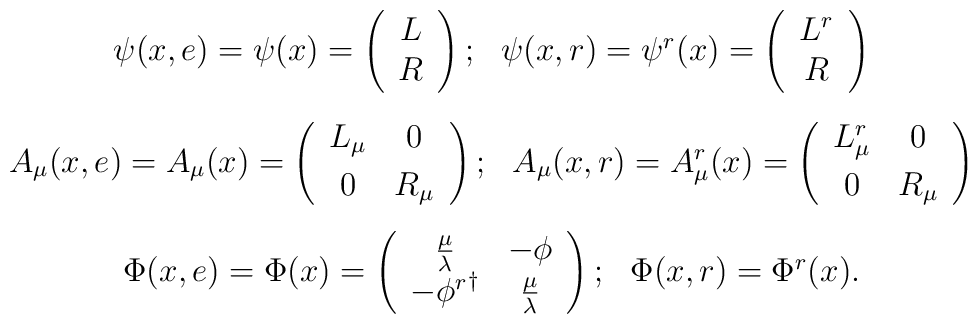
\begin{array}{cl}\psi(x,e)=\psi(x)=\left(\begin{array}{cl}L\\R\end{array}\right); ~~\psi(x,r)=\psi^r(x)=\left(\begin{array}{cl}L^r\\R\end{array}\right)\\[6mm]A_{\mu}(x,e)=A_{\mu}(x)=\left(\begin{array}{ccc}L_{\mu}&0\\[1mm]0&R_{\mu}\end{array}\right); ~~A_{\mu}(x,r)=A^r_{\mu}(x)=\left(\begin{array}{ccc}L^r_{\mu}&0\\[1mm]0&R_{\mu}\end{array}\right)\\[6mm]\Phi(x,e)=\Phi(x)=\left(\begin{array}{ccc}{\frac{\mu}{\lambda}}&{-\phi}\\{-\phi^r}^{\dag}&{\frac{\mu}{\lambda}}\end{array}\right);~~\Phi(x,r)=\Phi^r(x).\end{array}